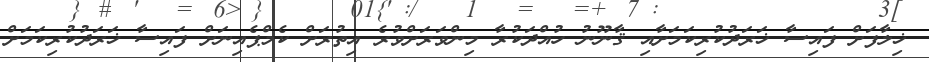
ޚިލާފަށް ފައިސާ ޚަރަދުކުރިކަމަށާއި ޤާނޫނު ހުއްދަކުރާ މިންވަރަށްވުރެ އިތުރަށް ކެމްޕެއިނަށް ފައިސާ ޚަރަދުކުރިކަމަށް